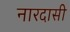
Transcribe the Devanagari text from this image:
नारदासी